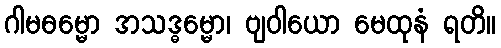
ဂါမဓမ္မော အသဒ္ဓမ္မော၊ ဗျဝါယော မေထုနံ ရတိ။